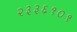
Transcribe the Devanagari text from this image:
२३३६१०१